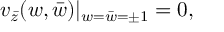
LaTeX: v _ { \bar { z } } ( w , \bar { w } ) | _ { w = \bar { w } = \pm 1 } = 0 ,